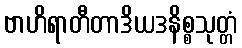
ဗာဟိရာတီတာဒိယဒနိစ္စသုတ္တံ